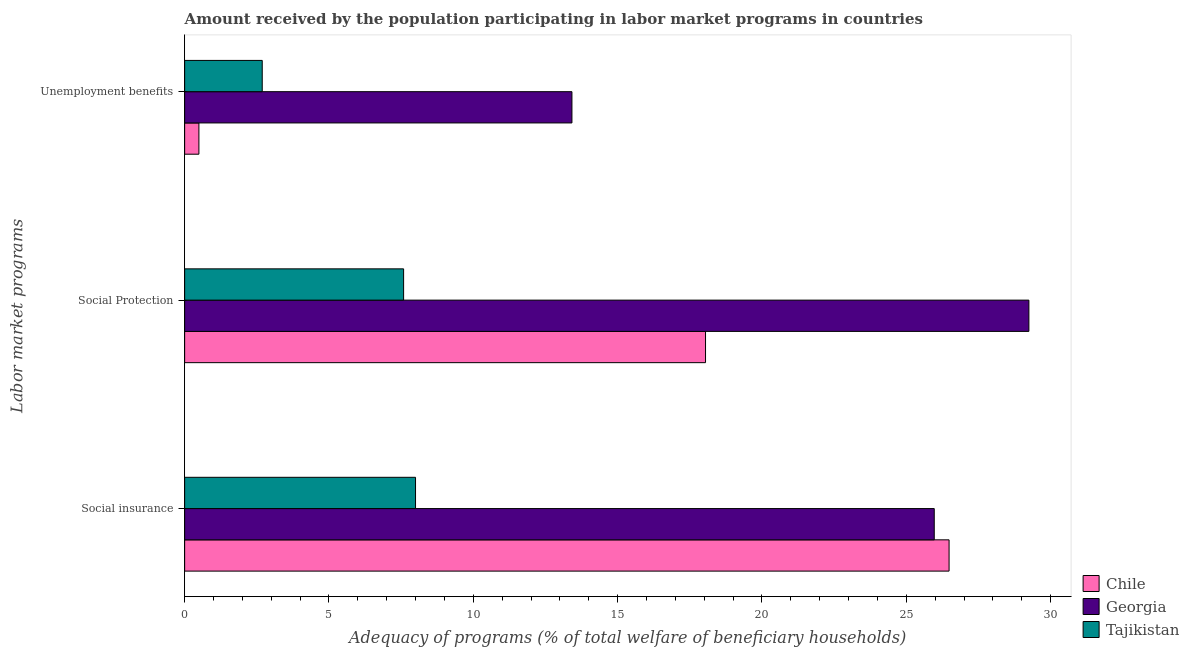
| Labor market programs | Chile | Georgia | Tajikistan |
 | --- | --- | --- | --- |
 | Social insurance | 26.5 | 26 | 8 |
 | Social Protection | 18 | 29.2 | 7.59 |
 | Unemployment benefits | 0.494 | 13.4 | 2.69 |